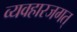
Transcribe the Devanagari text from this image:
व्यवहारजगत्‌